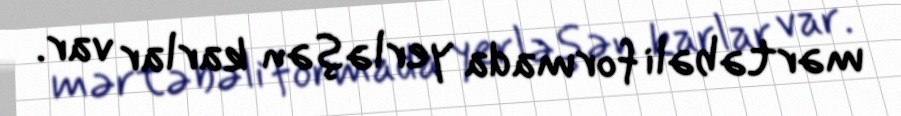
mərtəbəli formada yerləşən karlar var.